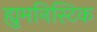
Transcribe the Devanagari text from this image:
ह्युमनिस्टिक